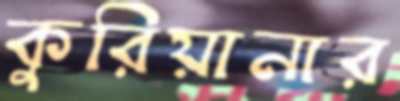
কুরিয়ানার